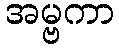
အမ္ဗကာ